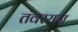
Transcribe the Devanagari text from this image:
तंवरराज